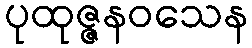
ပုထုဇ္ဇနဝသေန